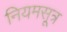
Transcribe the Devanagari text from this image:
नियमसूत्र